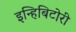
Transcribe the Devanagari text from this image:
इन्हिबिटोरी